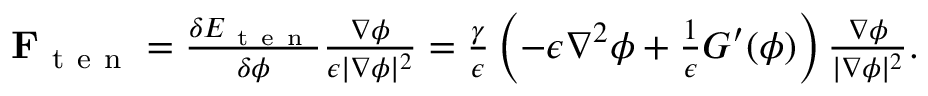
\begin{array} { r } { \mathbf { F } _ { \mathrm { ~ t ~ e ~ n ~ } } = \frac { \delta E _ { \mathrm { ~ t ~ e ~ n ~ } } } { \delta \phi } \frac { \nabla \phi } { \epsilon | \nabla \phi | ^ { 2 } } = \frac { \gamma } { \epsilon } \left( - \epsilon \nabla ^ { 2 } \phi + \frac { 1 } { \epsilon } G ^ { \prime } ( \phi ) \right) \frac { \nabla \phi } { | \nabla \phi | ^ { 2 } } . } \end{array}